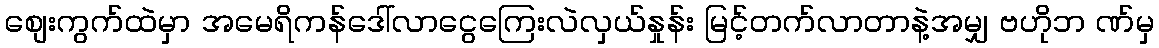
စျေးကွက်ထဲမှာ အမေရိကန်ဒေါ်လာငွေကြေးလဲလှယ်နှုန်း မြင့်တက်လာတာနဲ့အမျှ ဗဟိုဘ ဏ်မှ